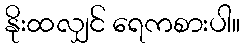
နိုးထလျှင် ရေကစားပါ။